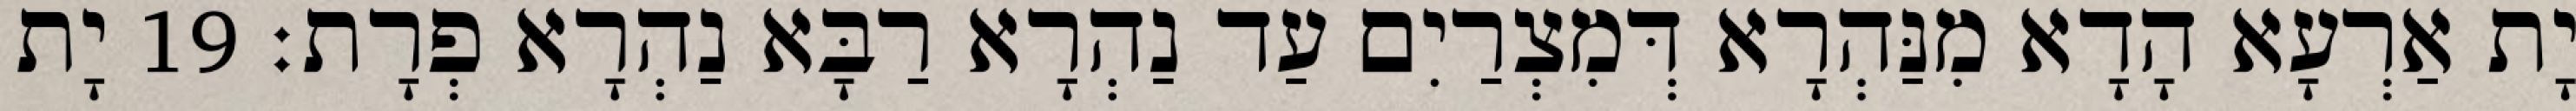
יָת אַרְעָא הָדָא מִנַּהְרָא דְּמִצְרַיִם עַד נַהְרָא רַבָּא נַהְרָא פְרָת׃ 19 יָת